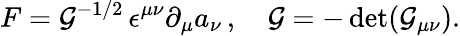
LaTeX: F={\cal G}^{-1/2}\, \epsilon^{\mu\nu}\partial_{\mu}a_{\nu}\, ,\quad{\cal G}=-\operatorname*{det}({\cal G}_{\mu\nu}).